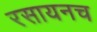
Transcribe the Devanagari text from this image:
रसायनच